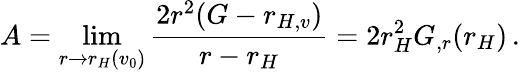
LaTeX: A=\operatorname*{lim}_{r\rightarrow r_{H}(v_{0})}\frac{2r^{2}(G-r_{H,v})}{r-r_{H}}=2r_{H}^{2}G_{,r}(r_{H})\, .